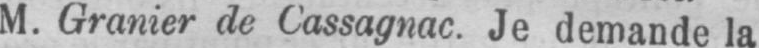
M. Granier de Cassagnac. Je demande la